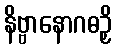
နိဗ္ဗာနောဂဓဉှိ